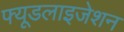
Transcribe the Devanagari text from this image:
फ्यूडलाइजेशन